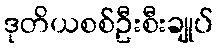
ဒုတိယစစ်ဦးစီးချုပ်